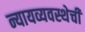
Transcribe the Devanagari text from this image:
न्यायव्यवस्थेची